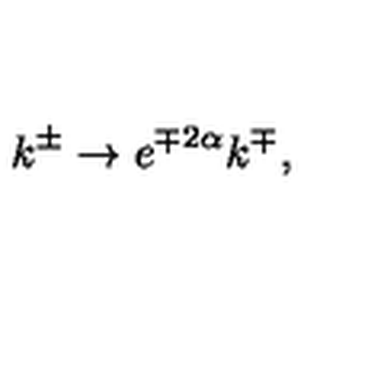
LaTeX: k ^ { \pm } \rightarrow e ^ { \mp 2 \alpha } k ^ { \mp } ,